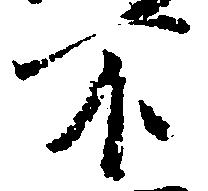
不